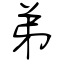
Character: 弟